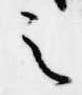
之